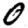
Digit: 0